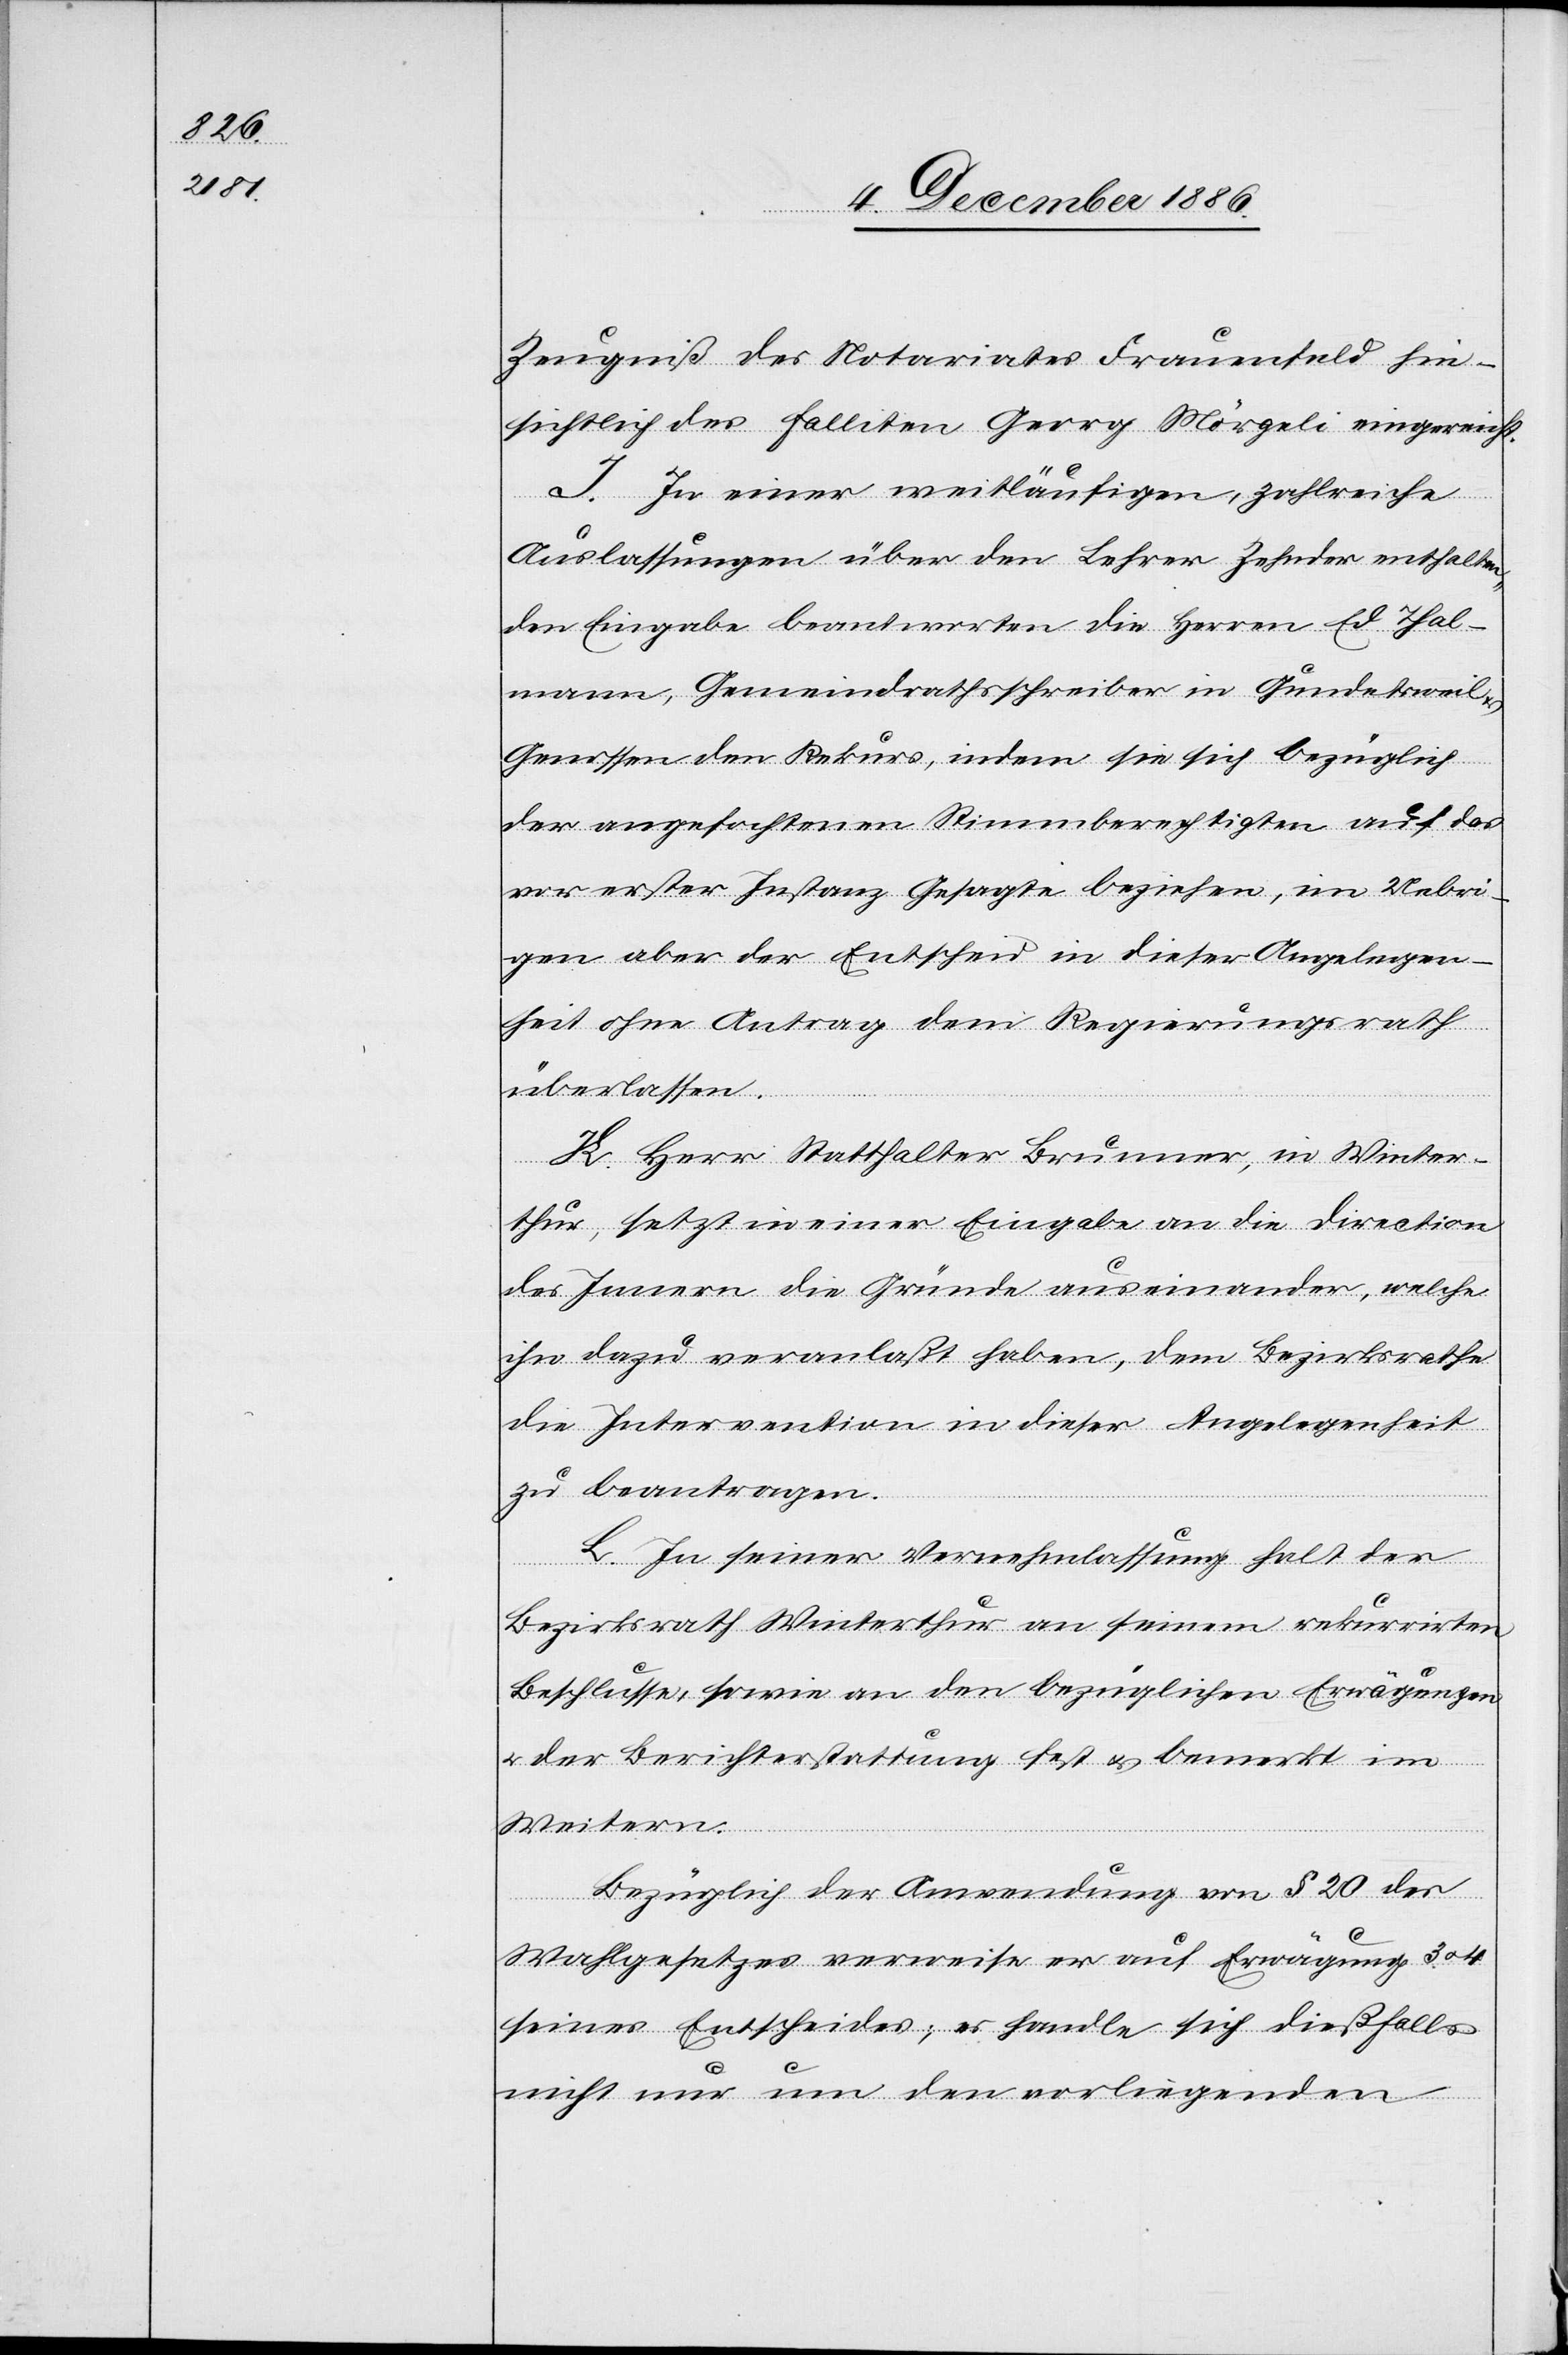
Zeugniß des Notariates Frauenfeld hin¬
sichtlich des falliten Georg Mörgeli eingereicht.
I. In einer weitläufigen, zahlreiche
Auslassungen über den Lehrer Zehnder enthalten¬
den Eingabe beantworten die Herren Ed. Thal¬
mann, Gemeindrathsschreiber in Gundetsweil
Genossen den Rekurs, indem sie sich bezüglich
der angefochtenen Stimmberechtigten auf das
vor erster Instanz Gesagte beziehen, im Uebri¬
gen aber der [recte: den] Entscheid in dieser Angelegen¬
heit ohne Antrag dem Regierungsrath
überlassen.
K. Herr Statthalter Brunner, in Winter¬
thur, setzt in einer Eingabe an die Direction
des Innern die Gründe auseinander, welche
ihn dazu veranlaßt haben, dem Bezirksrathe
die Intervention in dieser Angelegenheit
zu beantragen.
L. In seiner Vernehmlassung halt [sic!] der
Bezirksrath Winterthur an seinem rekurrirten
Beschlusse, sowie an den bezüglichen Erwägungen
& der Berichterstattung fest & bemerkt im
Weitern:
Bezüglich der Anwendung von § 20 des
Wahlgesetzes verweise er auf Erwägung 3. &
seines Entscheides; es handle sich dießfalls
nicht nur um den vorliegenden